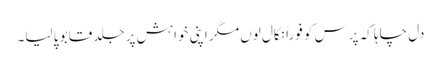
دل چاہا کہ پرس کو فوراً نکال لوں مگر اپنی خواہش پر جلد قابو پا لیا۔